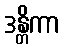
ဒန္တိကာ